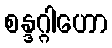
စန္ဒဂ္ဂါဟော